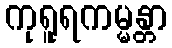
ကုရူရကမ္မန္တာ